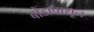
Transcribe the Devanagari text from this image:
बोंडापासून